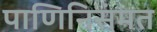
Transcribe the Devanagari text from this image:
पाणिनिसंमत